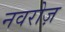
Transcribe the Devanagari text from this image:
नवरोज़